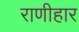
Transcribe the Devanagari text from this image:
राणीहार